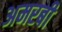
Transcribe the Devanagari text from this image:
अमरबी